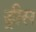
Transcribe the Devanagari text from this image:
ड्रीस